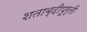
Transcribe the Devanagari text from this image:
शताब्दीपूर्ती